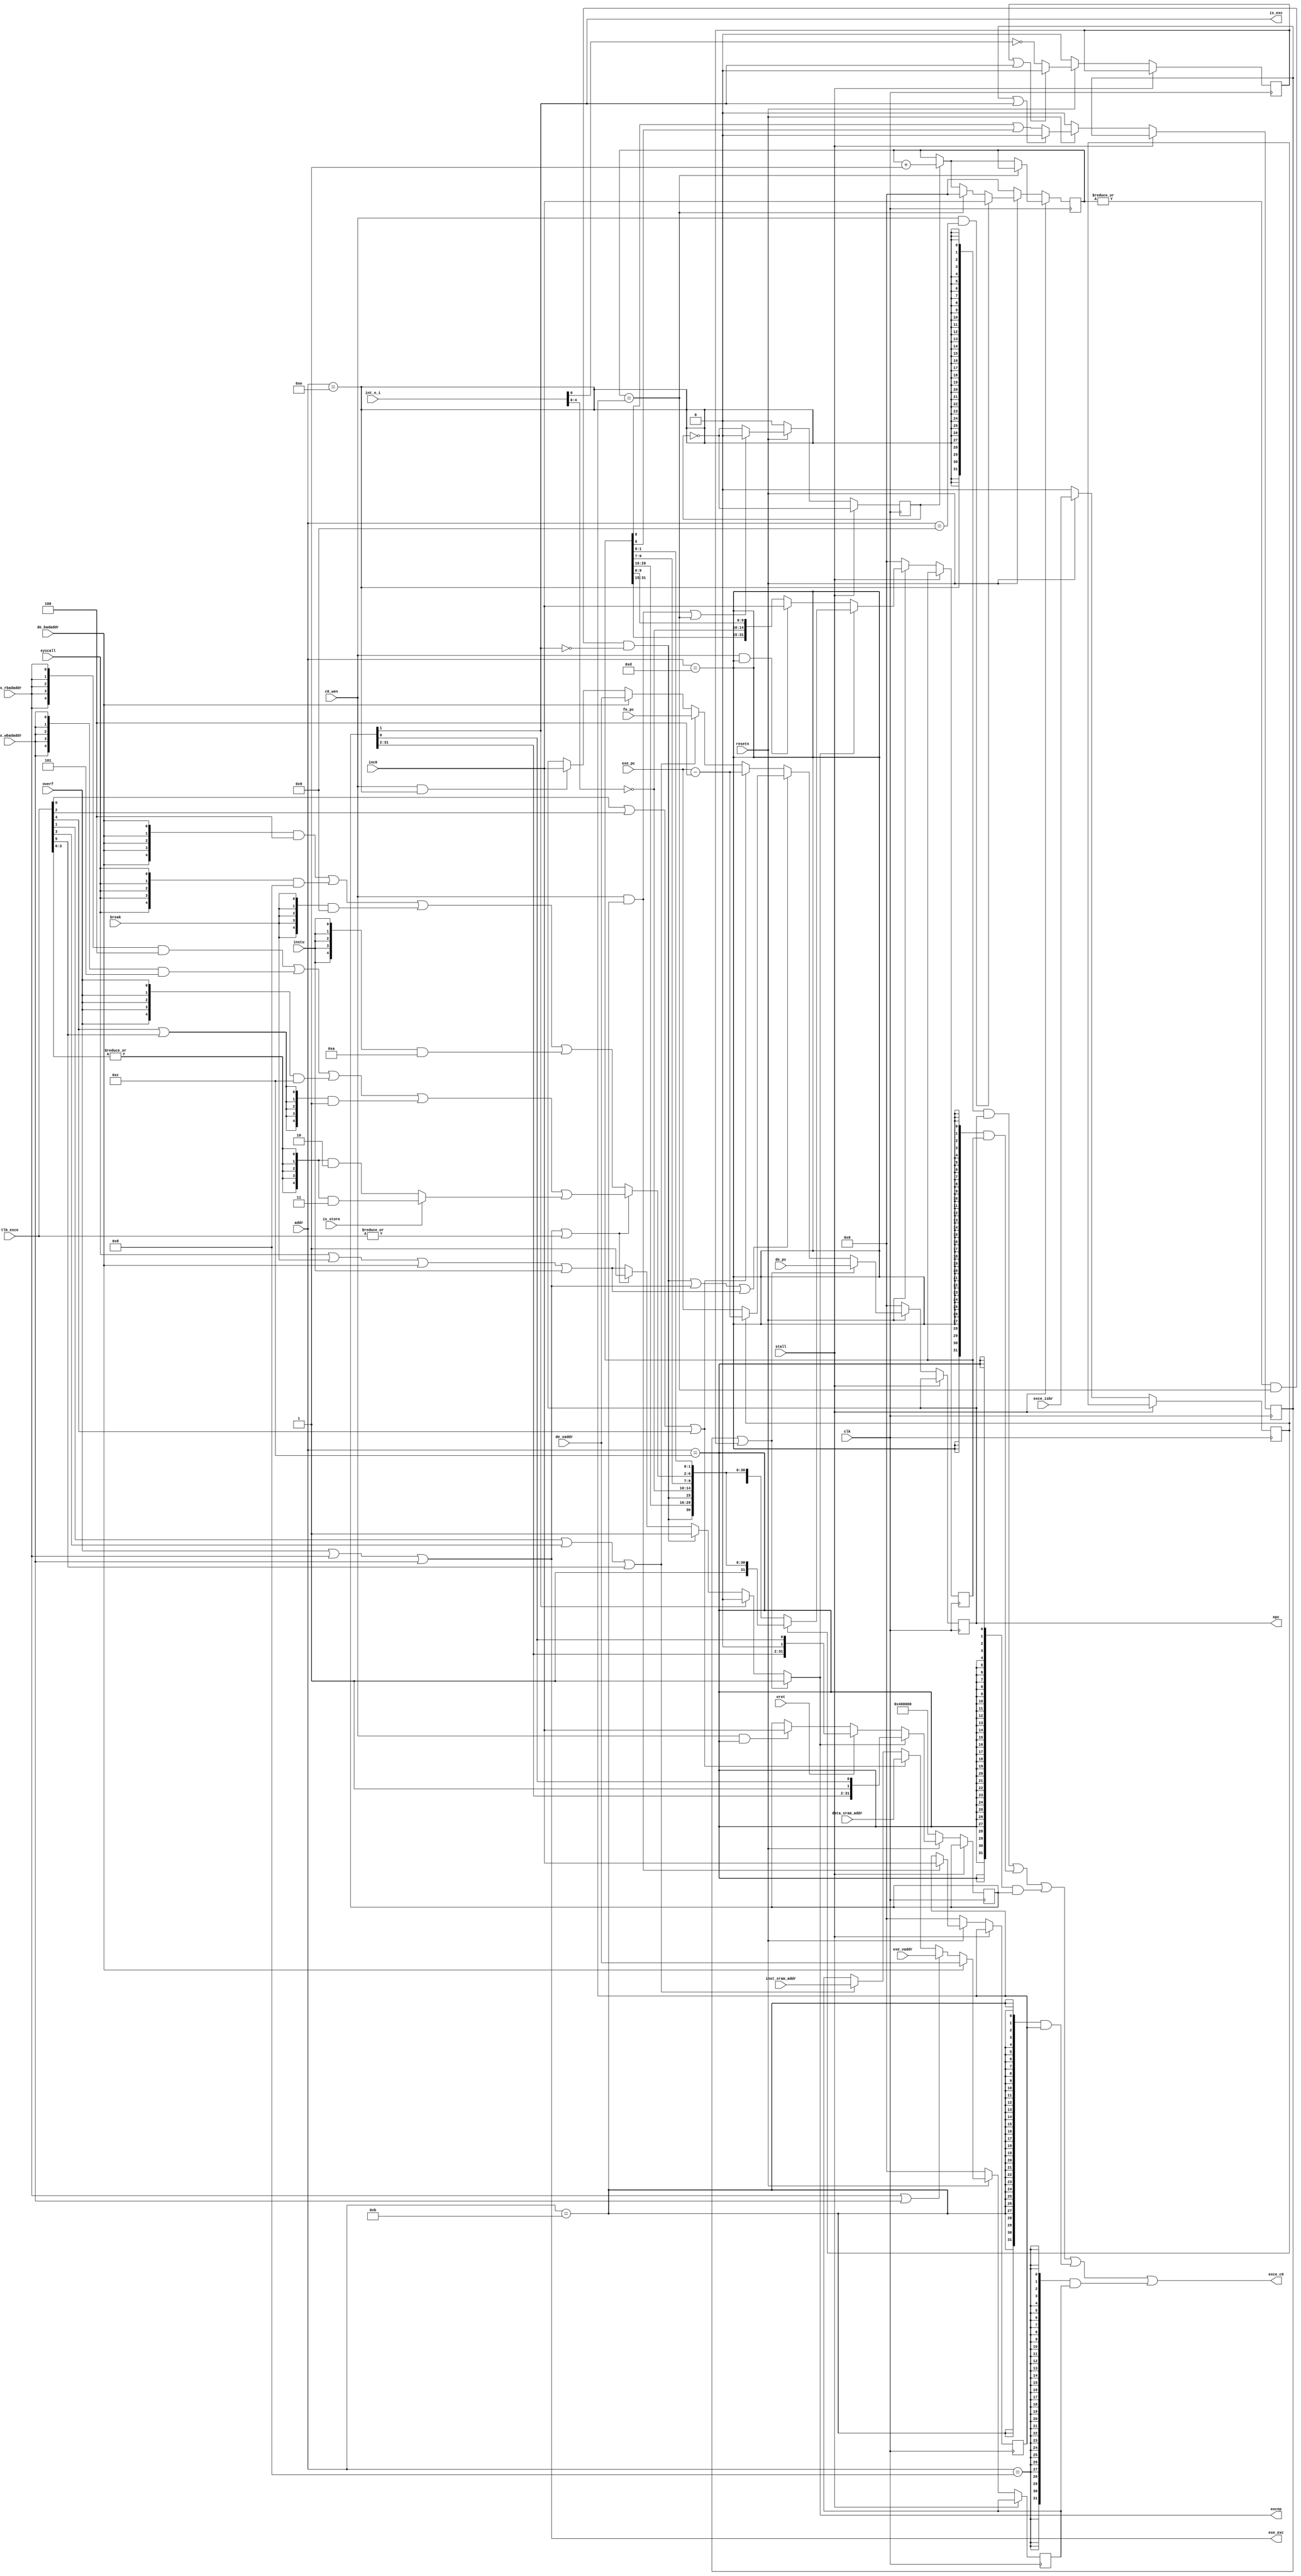
/*************************************************************************
    > Filename: exception.v
    > Author: Lv Feng
    > Mail: lvfeng97@outlook.com
    > Date: 2017-11-18
 ************************************************************************/

module exception(
	input         clk,
	input         resetn,
	output        is_exc,
	input         stall,

	input         syscall,
	input         break,
	input         de_badaddr,
	input         ex_rbadaddr,
	input         ex_wbadaddr,
	input         instu,
	input         overf,
    input  [5 :0] int_n_i,
	input  [5 :0] tlb_exce,
	input         is_store,

	input         exce_isbr,
	input         eret,
	input  [4 :0] addr,
	input  [31:0] inc0,

	input  [31:0] fe_pc,
	input  [31:0] de_pc,
	input  [31:0] inst_sram_addr,
	input  [31:0] data_sram_addr,
	input  [31:0] de_vaddr,
	input  [31:0] exe_vaddr,
	input  [31:0] exe_pc,
	input         c0_wen,
	output        excep,
	output        exe_exc,
	output [31:0] exce_c0,
	output [31:0] epc
);

reg  [31:0] EPC, CAUSE, STATUS, COMPARE, COUNT, BadVAddr;
reg         step;
reg         softint, hardint;
reg         last_br, llast_br;
wire [ 4:0] Ecode;
wire mtepc, mtcas, mtsts, mtcpr, mtcot;
wire mfepc, mfcas, mfsts, mfcpr, mfbva;
wire clkin, de_exc;

assign is_exc = STATUS[1];
assign mtepc = c0_wen && (addr == 5'd14);
assign mtcas = c0_wen && (addr == 5'd13);
assign mtsts = c0_wen && (addr == 5'd12);
assign mtcpr = c0_wen && (addr == 5'd11);
assign mtcot = c0_wen && (addr == 5'd9);
assign Ecode = (exe_exc || (|tlb_exce))?
			   ({5{ex_rbadaddr}} & 5'd4) |
			   ({5{ex_wbadaddr}} & 5'd5) |
			   ({5{overf}} & 5'd12) |
			   ({5{tlb_exce[4]|tlb_exce[5]}} & 5'd1) |
			   (is_store?({5{|tlb_exce[3:0]}}&5'd3):({5{|tlb_exce[3:0]}}&5'd2)) :
			   ({5{de_badaddr}} & 5'd4) |
			   ({5{syscall}} & 5'd8) |
			   ({5{break}} & 5'd9) |
			   ({5{instu}} & 5'd10);

always @ (posedge clk)
begin
	if(stall) begin
		EPC <= EPC;
		CAUSE <= CAUSE;
		STATUS <= STATUS;
		COMPARE <= COMPARE;
		COUNT <= (COUNT == COMPARE) ? COUNT :
				 (step)? COUNT + 1 : COUNT;
		BadVAddr <= BadVAddr;
		step <= ~step;
		softint <= softint;
		hardint <= hardint;
		last_br <= last_br;
		llast_br <= llast_br;
	end else if (resetn)
	begin
		EPC <= (softint | hardint)?de_pc :
			   (clkin | exe_exc | de_exc) ? (last_br?exe_pc-4 : exe_pc) :
			   (tlb_exce[0] | tlb_exce[2] | tlb_exce[4]) ? exe_pc-4 :
			   (tlb_exce[1] | tlb_exce[3] | tlb_exce[5]) ? fe_pc :
			   (de_badaddr) ? de_vaddr :
			   //(de_exc)? (last_br? exe_pc-4 : exe_pc) :
			   (mtepc)?inc0 : EPC;
		CAUSE <= (excep)?(last_br?{1'b1, clkin, CAUSE[29:16], clkin, ~int_n_i[4:0], CAUSE[9:7], Ecode, CAUSE[1:0]} : 
		         {CAUSE[31], clkin, CAUSE[29:16], clkin, ~int_n_i[4:0], CAUSE[9:7], Ecode, CAUSE[1:0]}) : 
				 (mtcas)?inc0 : {CAUSE[31:15], ~int_n_i[4:0], CAUSE[9:0]};
		STATUS <= (excep)? {STATUS[31:2], 1'b1, STATUS[0]} : 
				  (eret)? {STATUS[31:2], 1'b0, STATUS[0]} :
				  (mtsts) ? inc0 : STATUS;
		COMPARE <= (mtcpr) ? inc0 : COMPARE;
		COUNT <= (mtcot) ? inc0 :
				 (COUNT == COMPARE) ? 32'd0 :
				 (step)? COUNT + 1 : COUNT;
		BadVAddr <= (de_badaddr)? de_vaddr :
					(ex_rbadaddr | ex_wbadaddr)? exe_vaddr :
					(tlb_exce[0] | tlb_exce[2] | tlb_exce[4])? data_sram_addr :
					(tlb_exce[1] | tlb_exce[3] | tlb_exce[5])? inst_sram_addr : BadVAddr;
		step <= (mtcpr || COUNT == COMPARE)? 0 : ~step;
		softint <= (softint | STATUS[1])? 0 : (CAUSE[8] | CAUSE[9]);
		hardint <= (hardint | STATUS[1])? 0 : ~int_n_i[0];
		last_br <= exce_isbr;
		llast_br <= last_br;
	end
	else
	begin
		EPC <= 32'd0;
		CAUSE <= 32'd0;
		STATUS <= 32'h00400000;
		COMPARE <= 32'd0;
		COUNT <= 32'd0;
		BadVAddr <= 32'd0;
		step <= 0;
		softint <= 0;
		hardint <= 0;
		last_br <= 0;
		llast_br <= 0;
	end
end
assign clkin = (|COUNT) && (COUNT == COMPARE) && ~STATUS[1];
assign de_exc = syscall | break | de_badaddr | instu;
assign exe_exc = overf | ex_rbadaddr | ex_wbadaddr;
assign excep = (softint | hardint)? 1 :
			   STATUS[1]? 0 :
			   clkin? 1 :
			   (exe_exc || (|tlb_exce))? 1 : de_exc;

assign mfepc = addr == 5'd14;
assign mfcas = addr == 5'd13;
assign mfsts = addr == 5'd12;
assign mfcpr = addr == 5'd11;
assign mfbva = addr == 5'd8;
assign exce_c0 = ({32{mfepc}} & EPC) | 
			({32{mfcas}} & CAUSE) |
			({32{mfsts}} & STATUS) |
			({32{mfcpr}} & COMPARE) |
			({32{mfbva}} & BadVAddr);
assign epc = EPC;
endmodule